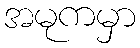
အမုကမှာ